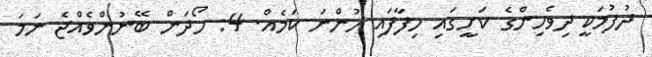
ދުފުމަކީ ދިވެހިންގެ ކަށީގައި ހިފާފައި ހުންނަ ކަމެއް. 4: ހޯދަން ބޭނުންވެއްޖެ ނަމަ